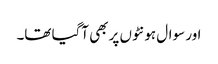
اور سوال ہونٹوں پر بھی آگیا تھا۔